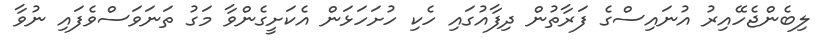
ލިބެންޖެހޭއިރު އުނައިސްގެ ފަރާތުން ދިފާއުގައި ހެކި ހުށަހަޅަން އެކަށީގެންވާ މަގު ތަނަވަސްވެފައި ނުވާ